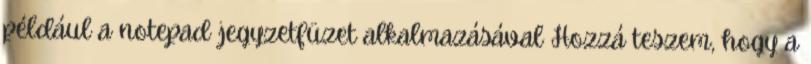
például a notepad jegyzetfüzet alkalmazásával Hozzá teszem, hogy a